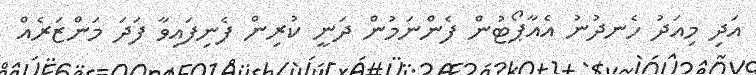
އަދި މިއަދު ހެނދުނު އެއާޕޯޓުން ފެންނަމުން ދަނީ ކުރިން ފެނިފައިވާ ފަދަ މަންޒަރެއް